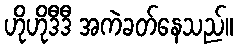
ဟိုဟိုဒီဒီ အကဲခတ်နေသည်။